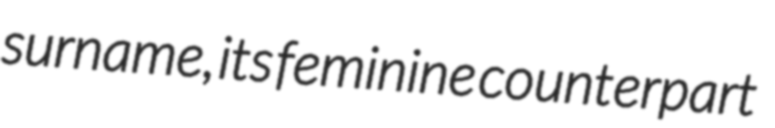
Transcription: surname, its feminine counterpart